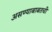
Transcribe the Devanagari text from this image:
असण्याबाबतची